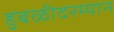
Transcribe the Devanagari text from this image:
हुबळीदरम्यान